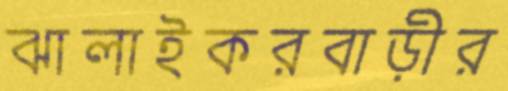
ঝালাইকরবাড়ীর